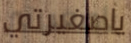
ياصغيرتي